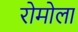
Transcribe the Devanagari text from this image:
रोमोला